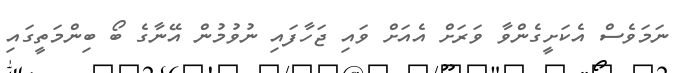
ނަމަވެސް އެކަށީގެންވާ ވަރަށް އެއަށް ވައި ޖަހާފައި ނުވުމުން އޭނާގެ ބޯ ބިންމަތީގައި